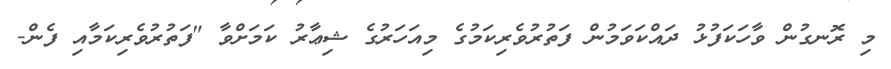
މި ރޮނގުން ވާހަކަފުޅު ދައްކަވަމުން ފަތުރުވެރިކަމުގެ މިއަހަރުގެ ޝިޢާރު ކަމަށްވާ "ފަތުރުވެރިކަމާއި ފެން-